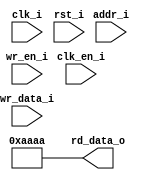
// This program was cloned from: https://github.com/HurleyResearch/nRFICE
// License: GNU General Public License v3.0



/*

wire ramCLK;
wire ramCLKEn;
wire ramWriteEn;
wire [15:0] ramWriteData;
wire [7:0] ramAddr;
wire [15:0] ramReadData;

ebr8x16 ebr (


        .clk_i(ramCLK), 
        .rst_i(reset_in), 
        .clk_en_i(ramCLKEn), 
        .wr_en_i(ramWriteEn), 
        .wr_data_i(ramWriteData), 
        .addr_i(ramAddr), 
        .rd_data_o(ramReadData)
		
*/
module ebr8x16 (
	clk_i,
	rst_i,
	clk_en_i,

	wr_en_i,
	addr_i,
	rd_data_o,
wr_data_i
);


input  clk_i;
input  rst_i;
input  clk_en_i;
input  wr_en_i;
input [7:0] addr_i;
input [15:0] wr_data_i;

output [15:0] rd_data_o;



wire  clk_i;
wire  rst_i;
wire  clk_en_i;
wire  wr_en_i;

wire [7:0] addr_i;

wire [15:0] wr_data_i;
wire [15:0] rd_data_o;

assign rd_data_o = 16'haaaa;


endmodule